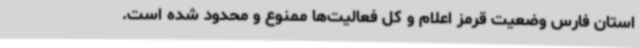
استان فارس وضعیت قرمز اعلام و کل فعالیت‌ها ممنوع و محدود شده است.